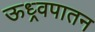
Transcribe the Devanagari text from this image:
ऊध्र्वपातन